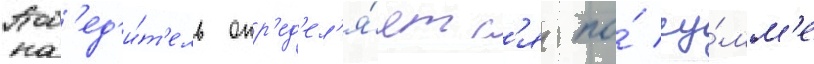
Поб'ед'и́т'ель опр'ед'ел'я́етс'я по́ су́мм'е